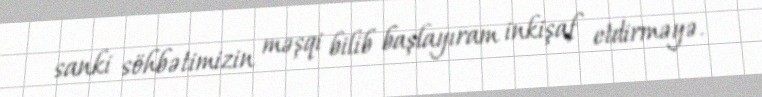
sanki söhbətimizin məşqi bilib başlayıram inkişaf etdirməyə.